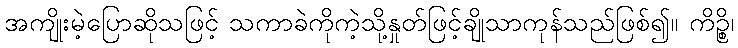
အကျိုးမဲ့ပြောဆိုသဖြင့် သကာခဲကိုကဲ့သို့နှုတ်ဖြင့်ချိုသာကုန်သည်ဖြစ်၍။ ကိဉ္စိ၊